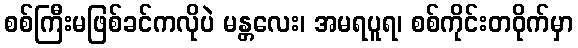
စစ်ကြီးမဖြစ်ခင်ကလိုပဲ မန္တလေး၊ အမရပူရ၊ စစ်ကိုင်းတဝိုက်မှာ